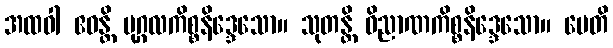
အထဝါ ဧဝန္တိ ပုဂ္ဂလကိစ္စနိဒ္ဒေသော။ သုတန္တိ ဝိညာဏကိစ္စနိဒ္ဒေသော။ မေတိ